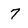
Character: 7